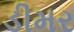
ડીમર